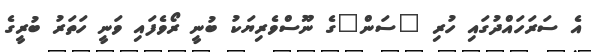
އެ ސަރަހައްދުގައި ހުރި "ސަން"ގެ ނޫސްވެރިޔަކު ބުނީ ރޯވެފައި ވަނީ ހަތަރު ބުރީގެ